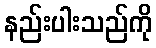
နည်းပါးသည်ကို